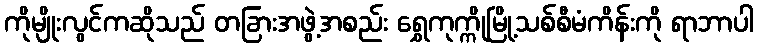
ကိုမျိုးလွင်ကဆိုသည် တခြားအဖွဲ့အစည်း ရွှေကုက္ကိုမြို့သစ်စီမံကိန်းကို ရာဘာပါ